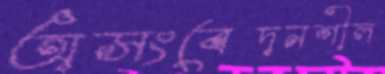
অসংবেদনশীল